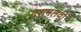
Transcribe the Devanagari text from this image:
दशमलवों